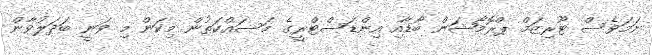
ނަމަވެސް ޓޫރިޒަމް ޕްރޮމޯޝަން ބޯޑާއި އިންޑަސްޓްރީގެ މަސައްކަތުން މިކަން މި ވަނީ ބަދަލުވާން